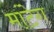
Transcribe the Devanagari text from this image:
मांटेग